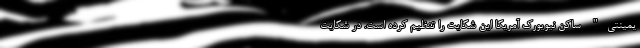
يمينتی" ساکن نیویورک آمریکا این شکایت را تنظیم کرده است. در شکایت